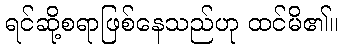
ရင်ဆို့စရာဖြစ်နေသည်ဟု ထင်မိ၏။